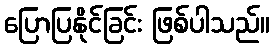
ပြောပြနိုင်ခြင်း ဖြစ်ပါသည်။